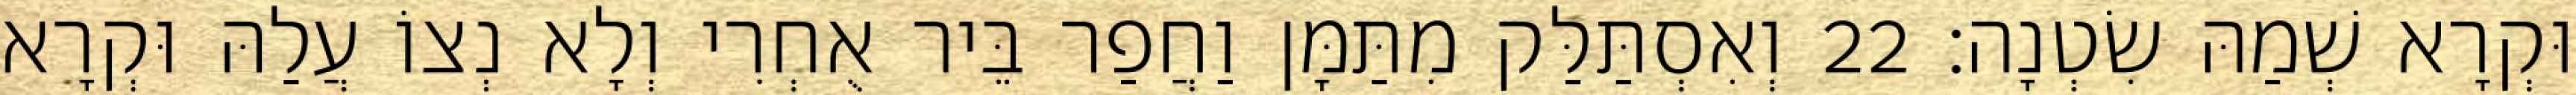
וּקְרָא שְׁמַהּ שִׂטְנָה׃ 22 וְאִסְתַּלַּק מִתַּמָּן וַחֲפַר בֵּיר אֻחְרִי וְלָא נְצוֹ עֲלַהּ וּקְרָא